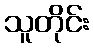
သူတိုင်း